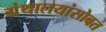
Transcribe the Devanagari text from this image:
ग्रंथालयांसोबत